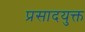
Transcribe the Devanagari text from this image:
प्रसादयुक्त